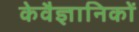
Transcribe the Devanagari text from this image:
केवैज्ञानिकों